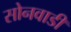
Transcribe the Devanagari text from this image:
सोनवाडी